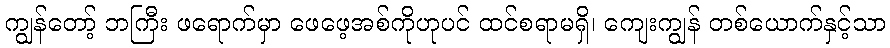
ကျွန်တော့် ဘကြီး ဖရောက်မှာ ဖေဖေ့အစ်ကိုဟုပင် ထင်စရာမရှိ၊ ကျေးကျွန် တစ်ယောက်နှင့်သာ